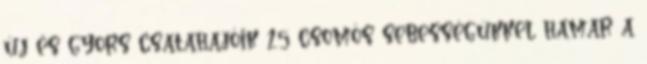
új és gyors csatahajóik 25 csomós sebességükkel hamar a